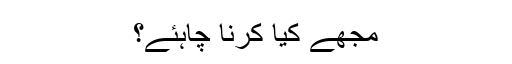
مجھے کیا کرنا چاہئے؟